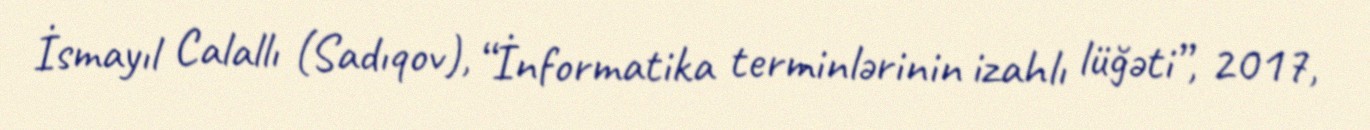
İsmayıl Calallı (Sadıqov), “İnformatika terminlərinin izahlı lüğəti”, 2017,